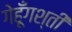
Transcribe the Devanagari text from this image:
गेहूँगश्ती